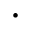
\cdot